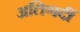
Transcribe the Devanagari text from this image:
अतिगर्दी